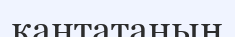
кантатаның